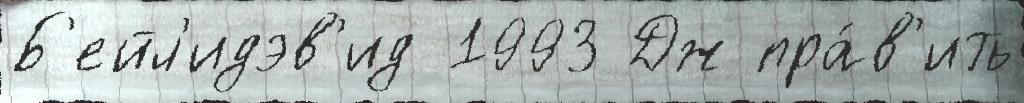
Б'ейл'идэв'ид 1993 Дж пра́в'ить